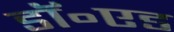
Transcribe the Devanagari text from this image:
डॉ॰एड